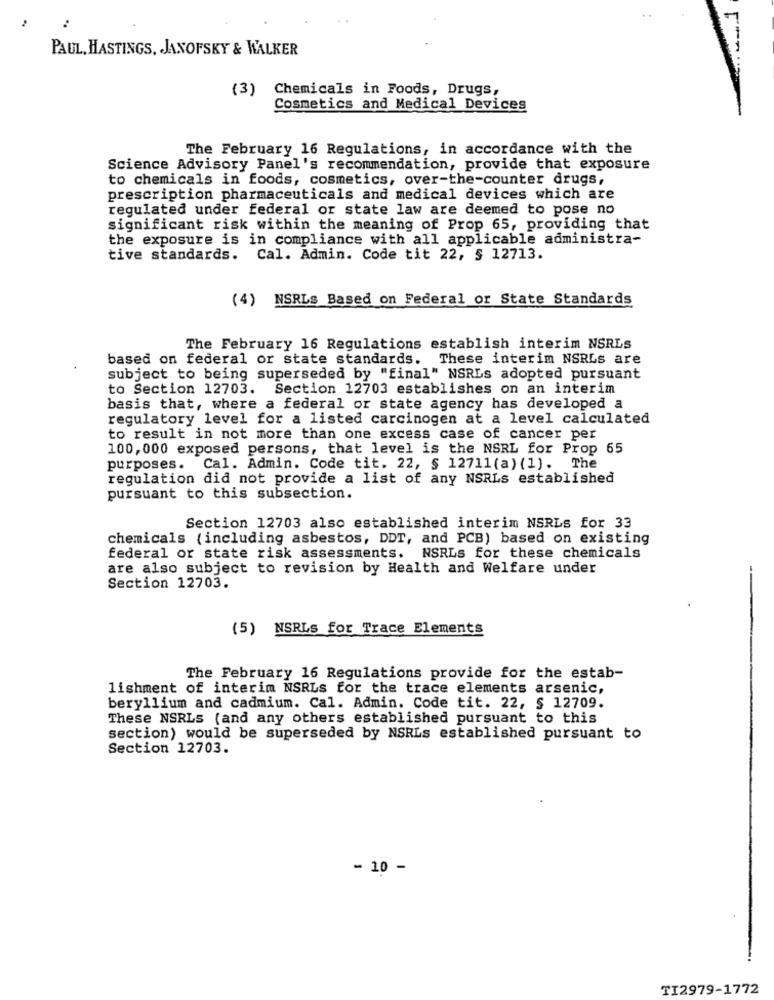
PAUL, HASTINGS, JANOFSKY & WALKER
(3) Chemicals in Foods, Drugs,
Cosmetics and Medical Devices
The February 16 Regulations, in accordance with the
Science Advisory Panel's recommendation, provide that exposure
to chemicals in foods, cosmetics, over-the-counter drugs,
prescription pharmaceuticals and medical devices which are
regulated under federal or state law are deemed to pose no
significant risk within the meaning of Prop 65, providing that
the exposure is in compliance with all applicable administra-
tive standards. Cal. Admin. Code tit 22, § 12713.
(4) NSRLS Based on Federal or State Standards
The February 16 Regulations establish interim NSRLs
based on federal or state standards. These interim NSRLS are
subject to being superseded by "final" NSRLs adopted pursuant
to Section 12703. Section 12703 establishes on an interim
basis that, where a federal or state agency has developed a
regulatory level for a listed carcinogen at a level calculated
to result in not more than one excess case of cancer per
100,000 exposed persons, that level is the NSRL for Prop 65
purposes. Cal. Admin. Code tit. 22, § 12711 (a) (1). The
regulation did not provide a list of any NSRLs established
pursuant to this subsection.
Section 12703 also established interim NSRLs for 33
chemicals (including asbestos, DDT, and PCB) based on existing
federal or state risk assessments. NSRLS for these chemicals
are also subject to revision by Health and Welfare under
Section 12703.
(5) NSRLS for Trace Elements
The February 16 Regulations provide for the estab-
lishment of interim NSRLs for the trace elements arsenic,
beryllium and cadmium. Cal. Admin. Code tit. 22, $ 12709.
These NSRLS (and any others established pursuant to this
section) would be superseded by NSRLs established pursuant to
Section 12703.
- 10 -
TI2979-1772